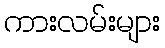
ကားလမ်းများ